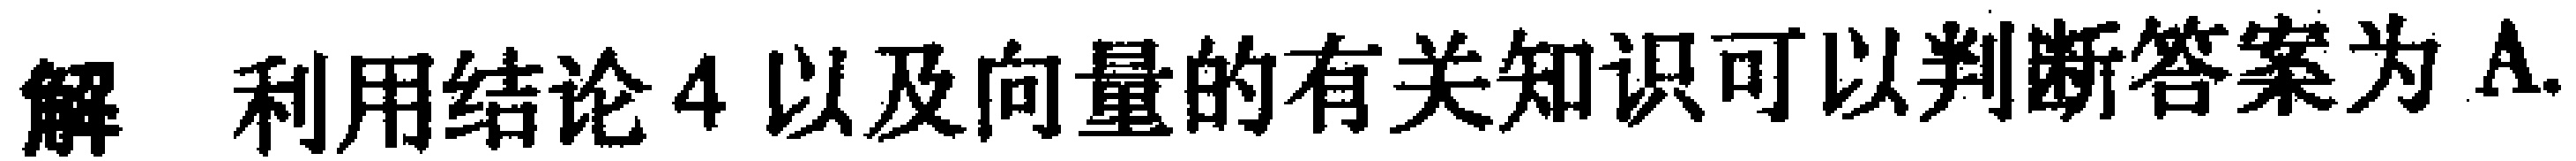
解 利用结论 4 以及向量的有关知识可以判断答案为 A.